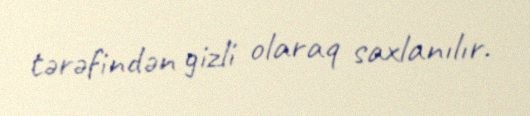
tərəfindən gizli olaraq saxlanılır.